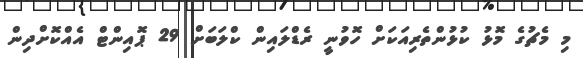
މި މެޗުގެ މޮޅު ކުޅުންތެރިއަކަށް ހޮވުނީ ރެޑްލައިން ކްލަބަށް 29 ޕޮއިންޓް އެއްކޮށްދިން